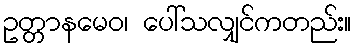
ဥတ္တာနမေဝ၊ ပေါ်သလျှင်ကတည်း။